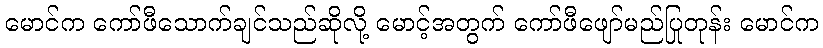
မောင်က ကော်ဖီသောက်ချင်သည်ဆိုလို့ မောင့်အတွက် ကော်ဖီဖျော်မည်ပြုတုန်း မောင်က